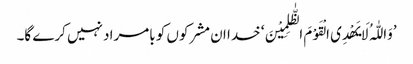
’وَاللّٰہُ لَا یَھْدِی الْقَوْمَ الظّٰلِمِیْنَ‘ خدا ان مشرکوں کو بامراد نہیں کرے گا۔